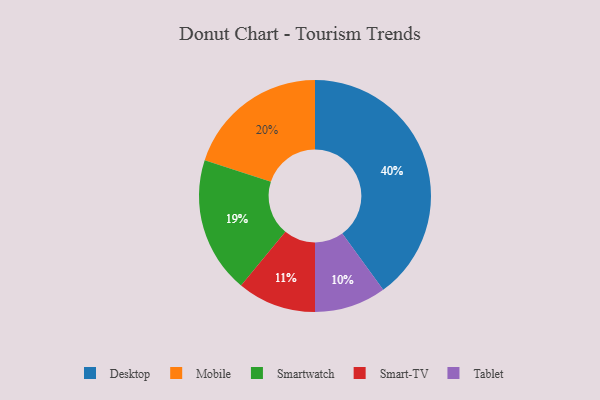
{"axis": {"x": "Category", "y": "Percentage"}, "legend": ["Desktop", "Mobile", "Smart-TV", "Smartwatch", "Tablet"], "data": [{"x": "Smart-TV", "y": 11, "type": "Smart-TV"}, {"x": "Tablet", "y": 10, "type": "Tablet"}, {"x": "Desktop", "y": 40, "type": "Desktop"}, {"x": "Mobile", "y": 20, "type": "Mobile"}, {"x": "Smartwatch", "y": 19, "type": "Smartwatch"}]}